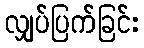
လျှပ်ပြက်ခြင်း